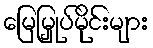
မြေမြှုပ်မိုင်းများ